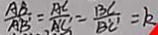
\frac { A B } { A B ^ { \prime } } = \frac { A C } { A ^ { \prime } C ^ { \prime } } = \frac { B C } { B ^ { \prime } C ^ { \prime } } = k